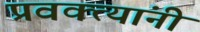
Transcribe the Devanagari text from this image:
प्रवक्त्यांनी